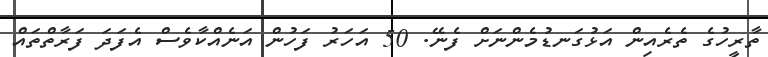
ތާރީހުގެ ތެރެއިން އަޅުގަނޑުމެންނަށް ފެނޭ. 50 އަހަރު ފަހުން އަނެއްކާވެސް އެފަދަ ފަރާތްތައް